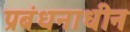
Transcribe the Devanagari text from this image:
प्रबंधनाधीन